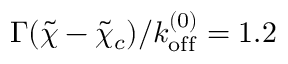
\Gamma ( \tilde { \chi } - \tilde { \chi } _ { c } ) / k _ { \mathrm { o f f } } ^ { ( 0 ) } = 1 . 2